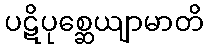
ပဋိပုစ္ဆေယျာမာတိ